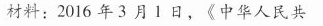
材料：2016年3月1日，《中华人民共